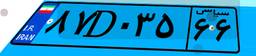
۸۴D۰۸۵۹۰